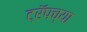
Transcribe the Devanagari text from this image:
ट्रॅपच्या